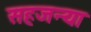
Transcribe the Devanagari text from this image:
सहजन्या